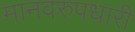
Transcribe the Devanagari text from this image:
मानवरुपधारी